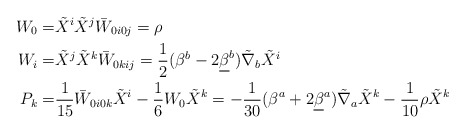
\begin{align*}W_0=& \tilde X^i \tilde X^j \bar W_{0i0j} =\rho\\W_i= & \tilde X^j \tilde X^k \bar W_{0kij}=\frac{1}{2}(\beta^b-2\underline{\beta}^b)\tilde{\nabla}_b \tilde{X}^i \\P_k= & \frac{1}{15}\bar W_{0i0k} \tilde X^i-\frac{1}{6}W_0\tilde X^k=-\frac{1}{30}(\beta^a+2\underline{\beta}^a)\tilde{\nabla}_a \tilde{X}^k-\frac{1}{10} \rho\tilde{X}^k\\\end{align*}